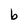
Character: b